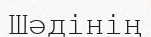
Шәдінің